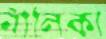
নীলিকা